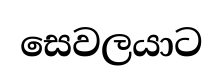
සෙවලයාට